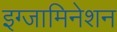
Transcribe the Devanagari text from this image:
इग्जामिनेशन